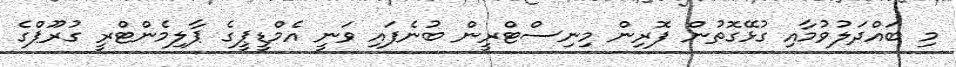
މި ބައްދަލުވުމާއި ގުޅޭގޮތުން ފޮރިން މިނިސްޓްރީން ބުނެފައި ވަނީ އެމްޑީޕީގެ ޕާލިމެންޓްރީ ގުރޫޕްގެ